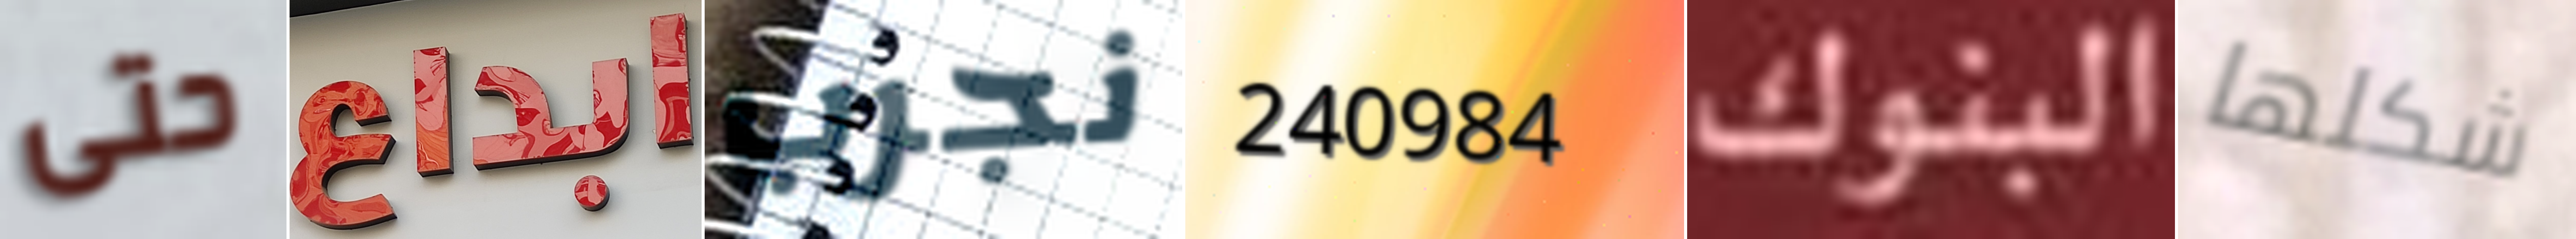
حتى ابداع نجرب 240984 البنوك شكلها